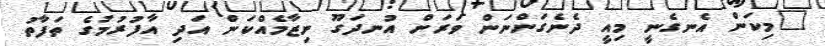
"މިކަން އެނގެނީ މިއީ ދެނެގަންނަން ވަރަށް އުނދަގޫ ނިޒާމެއްކަން އަދި އާފުރުމުގެ ތަފާތު